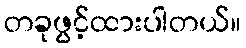
တခုဖွင့်ထားပါတယ်။